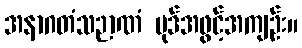
အနာဂတံသဉာဏံ ပုဒ်အဖွင့်အကျဉ်း။